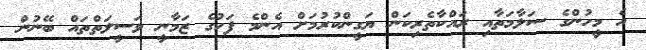
އެ މީހުންގެ ސަލާމަތާއި ރައްކާތެރިކަން ޔަގީންކުރުމަށް އެންމެ ފަހުގެ ޒަމާނީ ވަސީލަތްތައް ބޭނުން